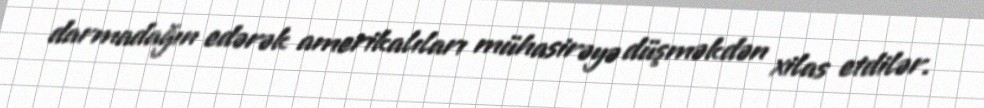
darmadağın edərək amerikalıları mühasirəyə düşməkdən xilas etdilər.